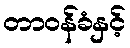
တာဝန်ခံနှင့်